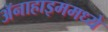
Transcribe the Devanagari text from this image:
ॲनाहाइममध्ये